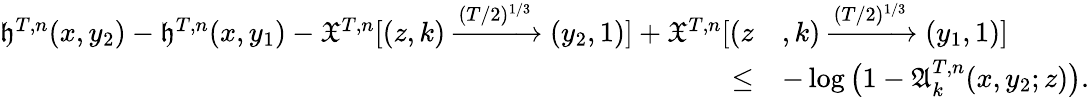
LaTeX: \begin{array}{rl}{\mathfrak{h}^{T,n}(x,y_{2})-\mathfrak{h}^{T,n}(x,y_{1})-\mathfrak{X}^{T,n}[(z,k)\xrightarrow{(T/2)^{1/3}}(y_{2},1)]+\mathfrak{X}^{T,n}[(z}&{,k)\xrightarrow{(T/2)^{1/3}}(y_{1},1)]}\\ {\leq}&{-\log\big(1-\mathfrak{A}_{k}^{T,n}(x,y_{2};z)\big).}\end{array}